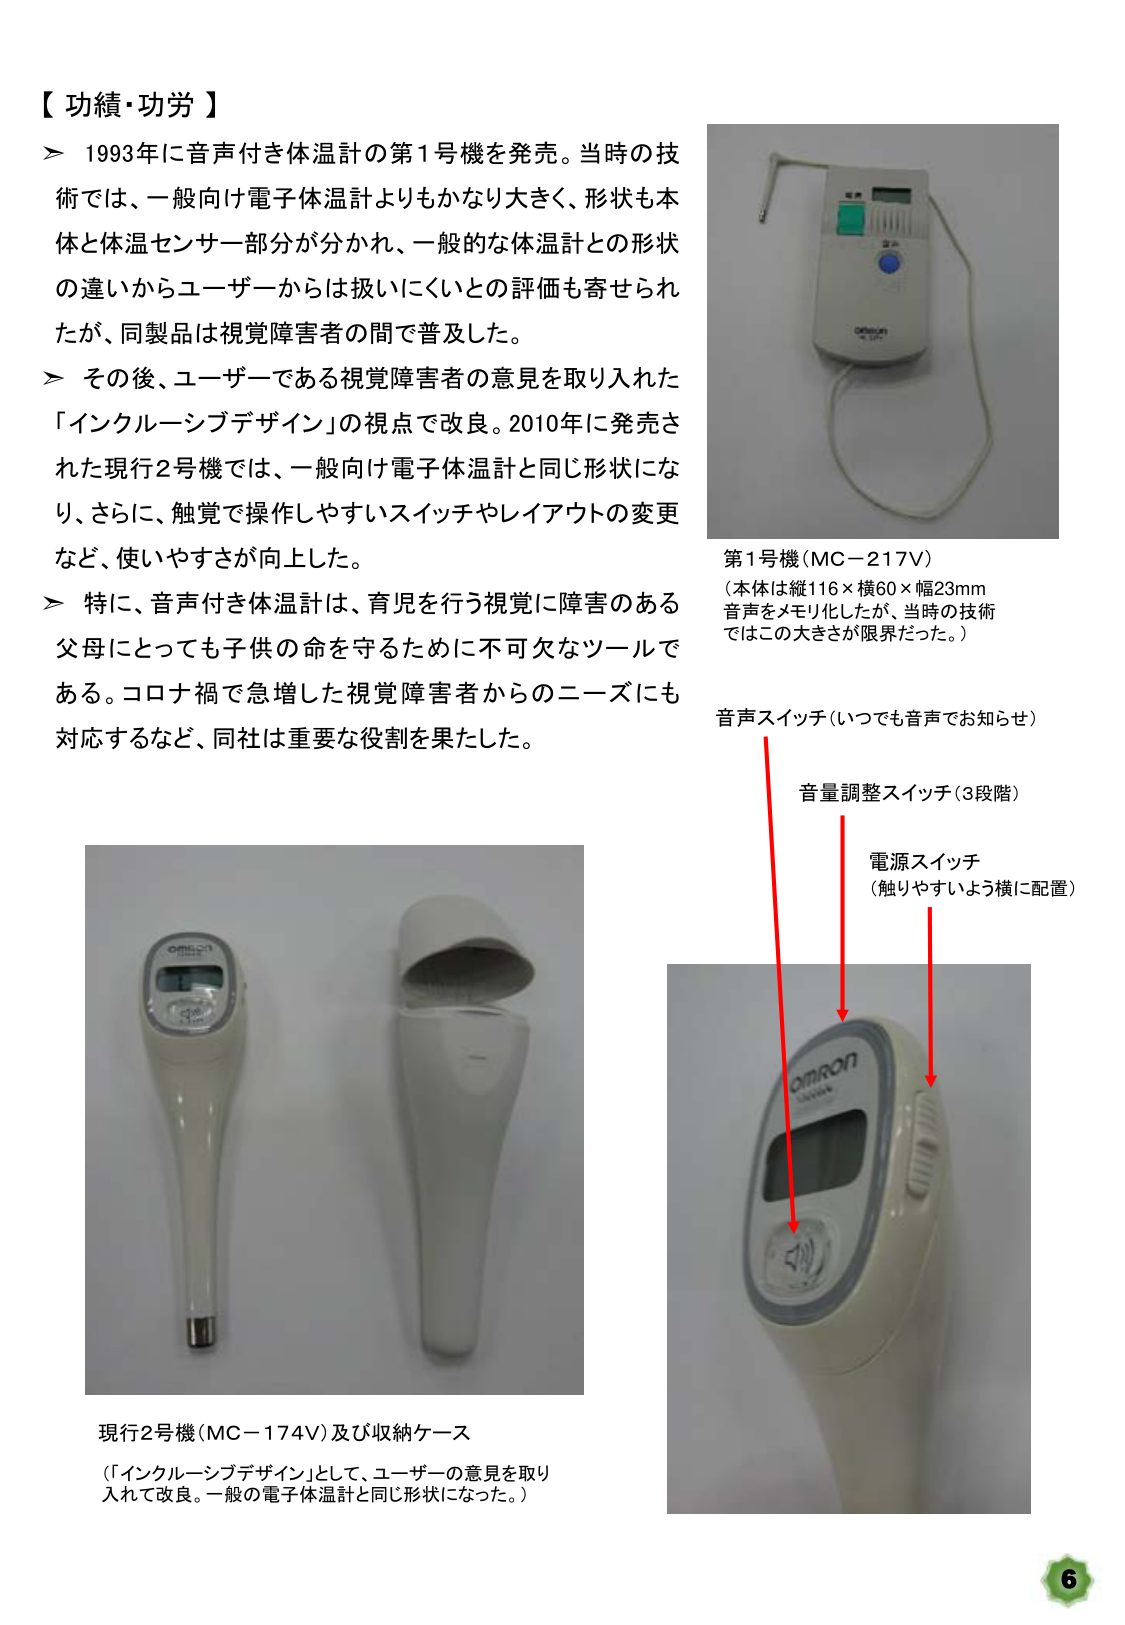
【功績・功労】

＞ 1993年に音声付き体温計の第1号機を発売。当時の技術では、一般向け電子体温計よりもかなり大きく、形状も本体と体温センサー部分が分かれ、一般的な体温計との形状の違いからユーザーからは扱いにくいとの評価も寄せられたが、同製品は視覚障害者の間で普及した。

＞ その後、ユーザーである視覚障害者の意見を取り入れた「インクルーシブデザイン」の視点で改良。2010年に発売された現行2号機では、一般向け電子体温計と同じ形状になり、さらに、触覚で操作しやすいスイッチやレイアウトの変更など、使いやすさが向上した。

＞ 特に、音声付き体温計は、育児を行う視覚に障害のある父母にとっても子供の命を守るために不可欠なツールである。コロナ禍で急増した視覚障害者からのニーズにも対応するなど、同社は重要な役割を果たした。

第1号機（MC-217V）
（本体は縦116×横60×幅23mm
音声をメモリ化したが、当時の技術ではこの大きさが限界だった。）

音声スイッチ（いつでも音声でお知らせ）
音量調整スイッチ（3段階）
電源スイッチ
（触りやすいよう横に配置）

現行2号機（MC-174V）及び収納ケース
（「インクルーシブデザイン」として、ユーザーの意見を取り入れて改良。一般の電子体温計と同じ形状になった。）

6